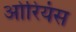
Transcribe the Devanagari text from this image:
ओरियंस